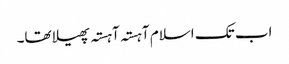
اب تک اسلام آہستہ آہستہ پھیلا تھا۔